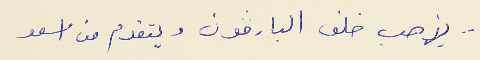
- يذهب خلف البارﭬون ويتقدم من اسعد